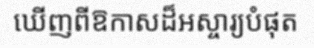
ឃើញពីឱកាសដ៏អស្ចារ្យបំផុត